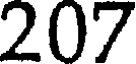
207